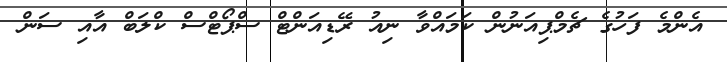
އެންމެ ފަހުގެ ޗެމްޕިއަނުން ކަމައްވާ ނިއު ރޭޑިއަންޓް ސްޕޯޓްސް ކްލަބް އާއި ސަން